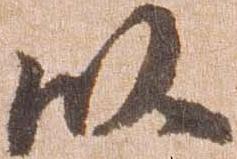
以